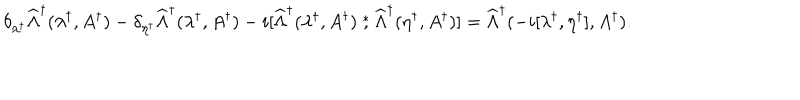
LaTeX: \delta _ { \lambda ^ { \dagger } } \widehat \Lambda ^ { \dagger } ( \lambda ^ { \dagger } , A ^ { \dagger } ) - \delta _ { \eta ^ { \dagger } } \widehat \Lambda ^ { \dagger } ( \lambda ^ { \dagger } , A ^ { \dagger } ) - i [ \widehat \Lambda ^ { \dagger } ( \lambda ^ { \dagger } , A ^ { \dagger } ) \stackrel { * } { , } \widehat \Lambda ^ { \dagger } ( \eta ^ { \dagger } , A ^ { \dagger } ) ] = \widehat \Lambda ^ { \dagger } ( - i [ \lambda ^ { \dagger } , \eta ^ { \dagger } ] , A ^ { \dagger } ) .